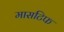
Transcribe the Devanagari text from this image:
मासटिफ